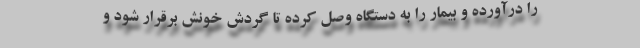
را درآورده و بیمار را به دستگاه وصل کرده تا گردش خونش برقرار شود و